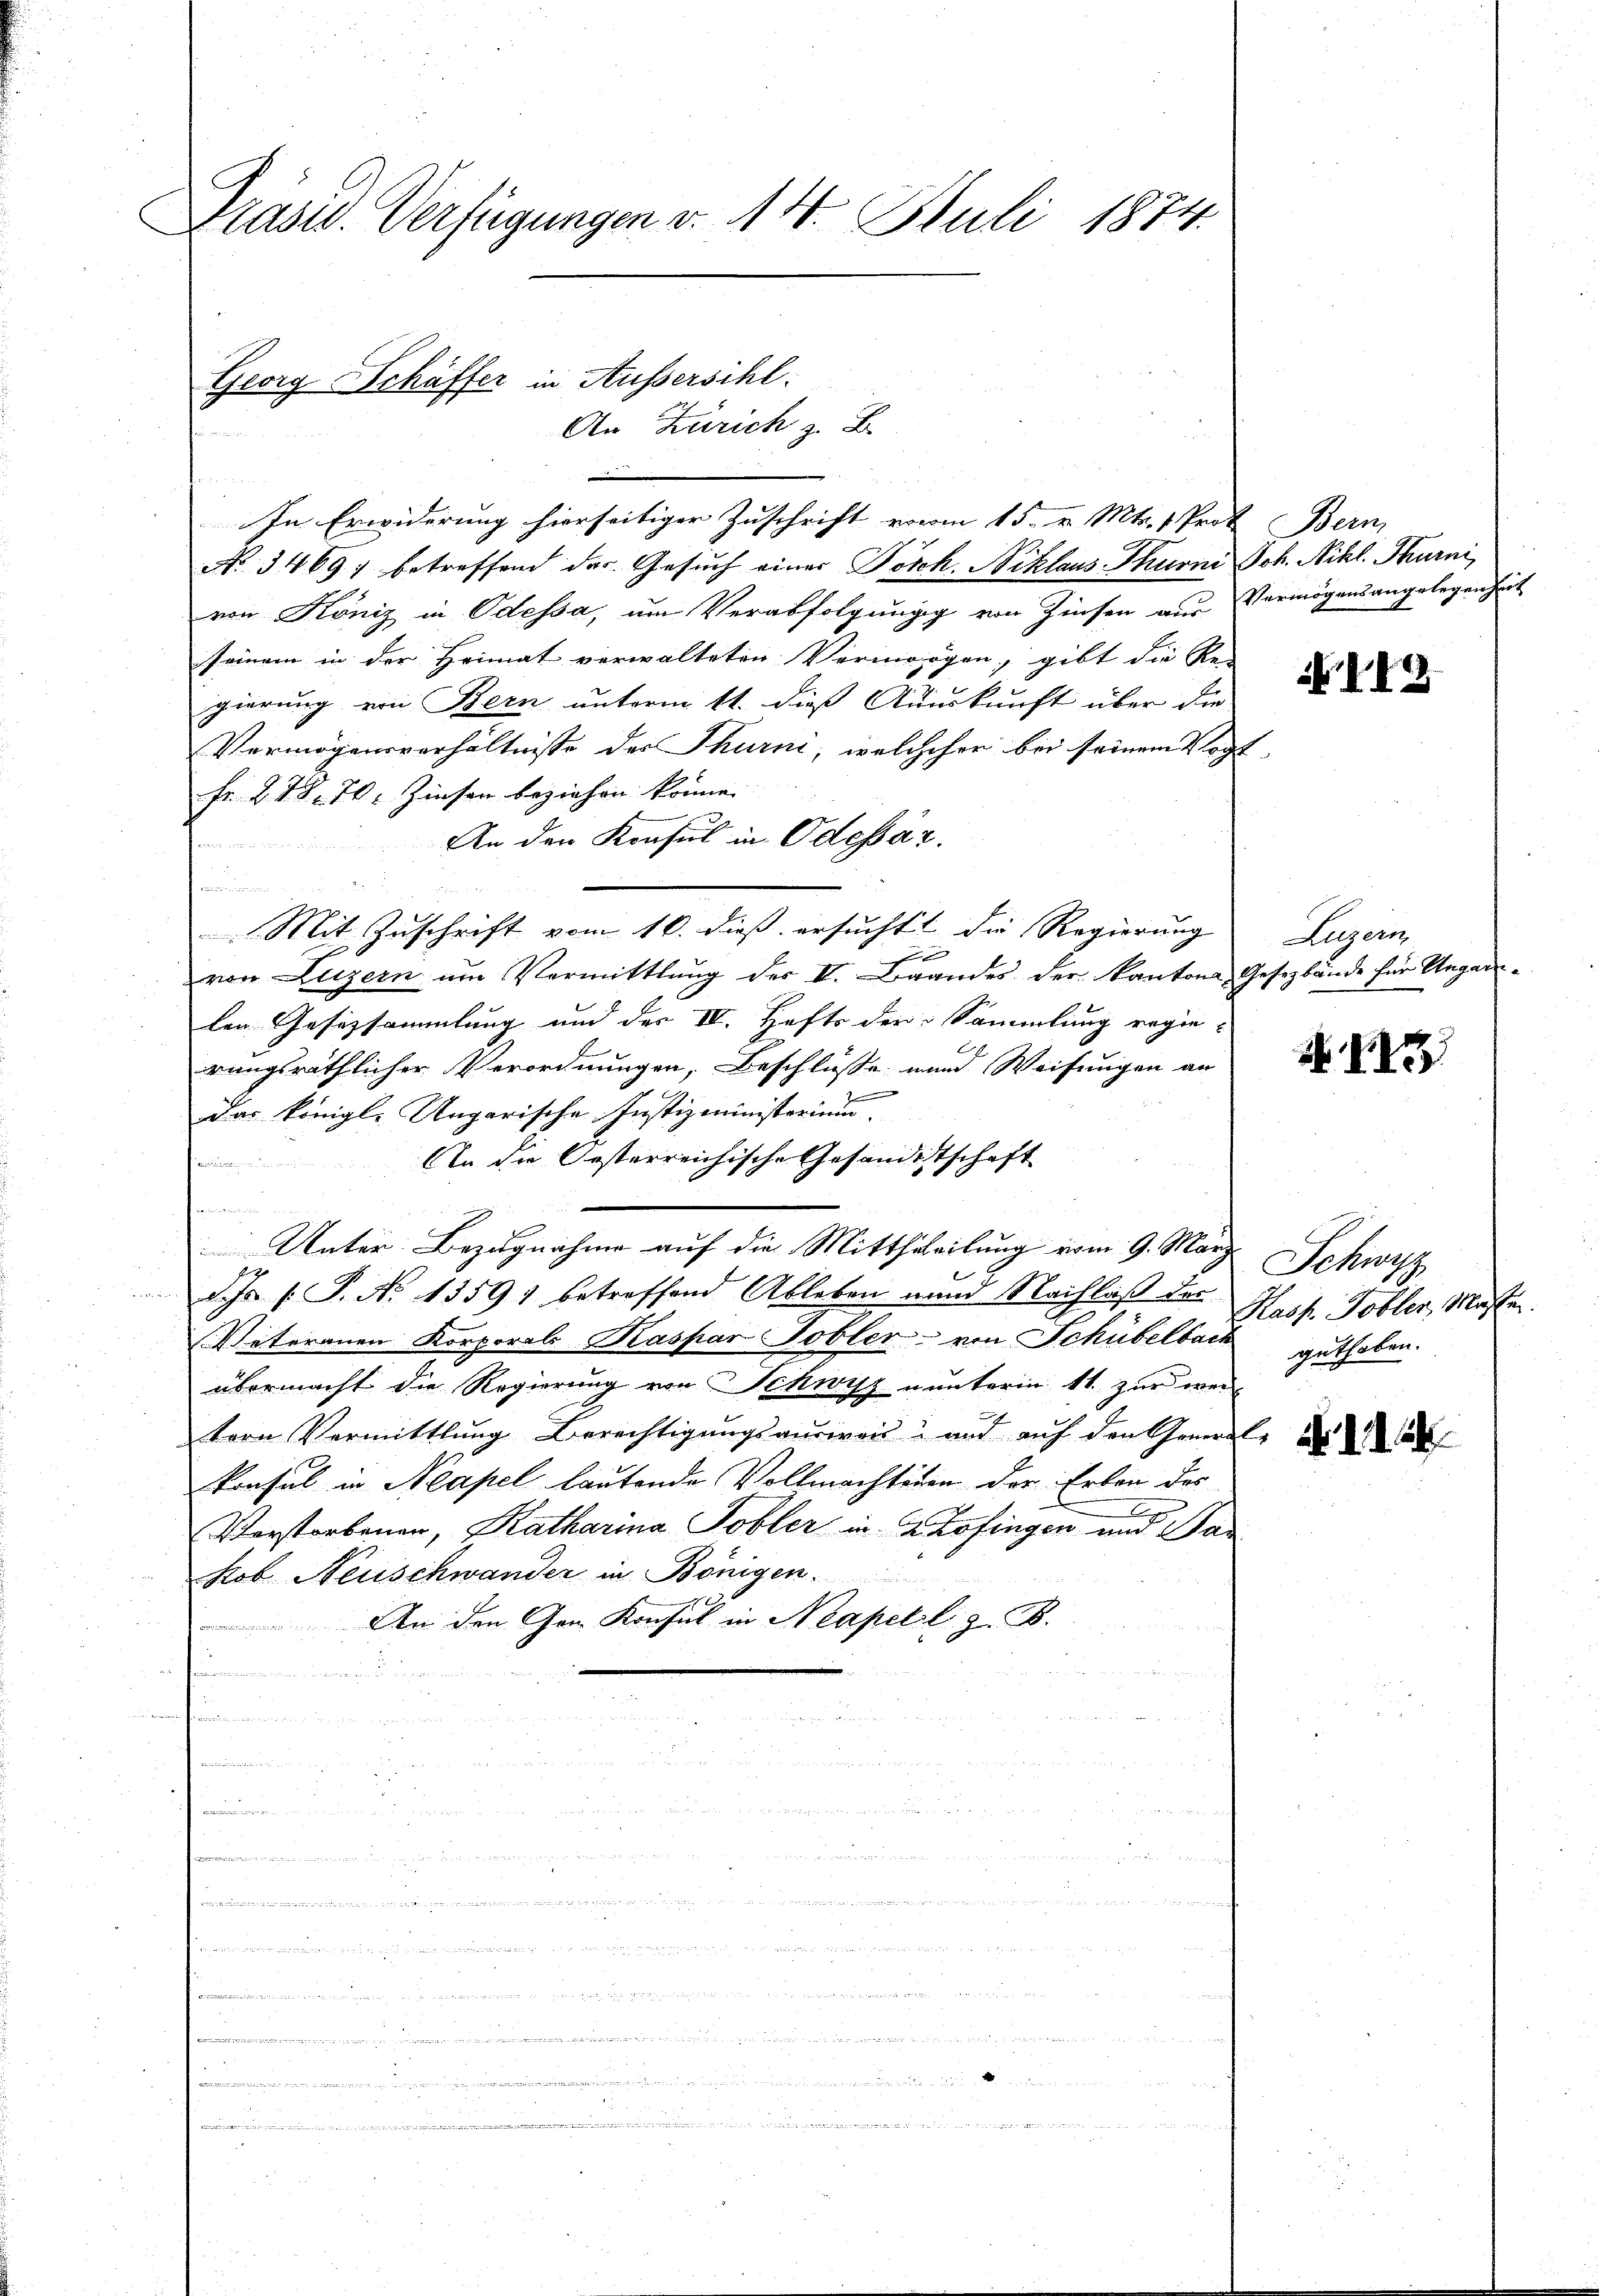
Präsid. Verfügungen v. 14. Juli 1874.

Georg Schäffer in Aussersihl.

An Zürich z. B.
In Erwiderung hierseitiger Zuschrift vom 15. v. Mts. 1 Prof. Bern,
No 3469; betreffend des Gesuch einer Posch. Niklaus Thurni Joh. Nikl. Thurni
von Köniz in Odessa, um Verabfolgungg von Zinsen aus Vermögensangelegenheit
seinem in der Heimat verwalteten Vermögen, gibt die Re
gierung von Bern unterm 11. dieß Auskunft über die
Vermögensverhältnisse der Thurni, welcheher bei seinem Vogt
Fr. 278. 70. Zinsen beziehen könne.
An den Konsul in Odessar.
a
Mit Zuschrift vom 10. dieß ersuchtt die Regierung |
x
von Luzern um Vormittlung des II. Brandes der Kantons Gesezbände für Ungarnlen Gesizsammlung und der IV. Hefts der Sammlung regie-
rungsräthlicher Verordnungen, Beschlüsse und Weisungen an
das königl. Ungarische Justizministerium, |
In die Oesterreichische Gesandistschaft

Unter Bezugnahme auf die Mittheteilung vom 9. März

d. Js. s. S. No 13591 betreffend Ableben und Nachlaß der Kasp. Tobler, Massen.
Veteranen Korporals Kaspar Tobler - von Schübelbark
übermacht die Regierung von Schwyz unterm 11. zur wei
tern Vermittlung Berechtigungsausweis aus auf den Gemeile de
konsul in Neapel lautende Vollmachtenen der Erben des
x
Verstorbenen, Katharina Tobler in Zofingen und Par
Hob Neuschwander in Bönigen.
An den Gon Konsul in Neapell z. B.
unnen, in de
t

N 143

Luzern,

Schwyz
guthaben.